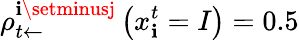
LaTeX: \rho_{t\leftarrow}^{\mathbf{i}\setminusj}\left(x_{\mathbf{i}}^{t}=I\right)=0.5